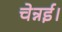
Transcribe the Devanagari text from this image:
चेन्नई।